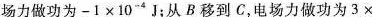
场力做功为$$- 1 \times 1 0 ^ { - 4 } J$$；从B移到C，电场力做功为$$3 \times